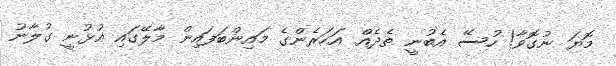
މޮޔަ ނުގޮވާ! ހުސޭ އެބުނީ ތެދެއް. އަހަރެންގެ މައިންބަފައިން މާލޭގައި އުޅުނީ ގުލާނު